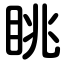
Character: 眺